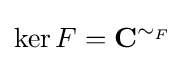
\ker F={\mathbf {C}}^{\sim _{F}}